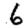
Digit: 6